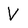
Character: V